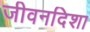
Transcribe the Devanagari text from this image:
जीवनदिशा